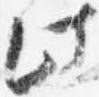
此